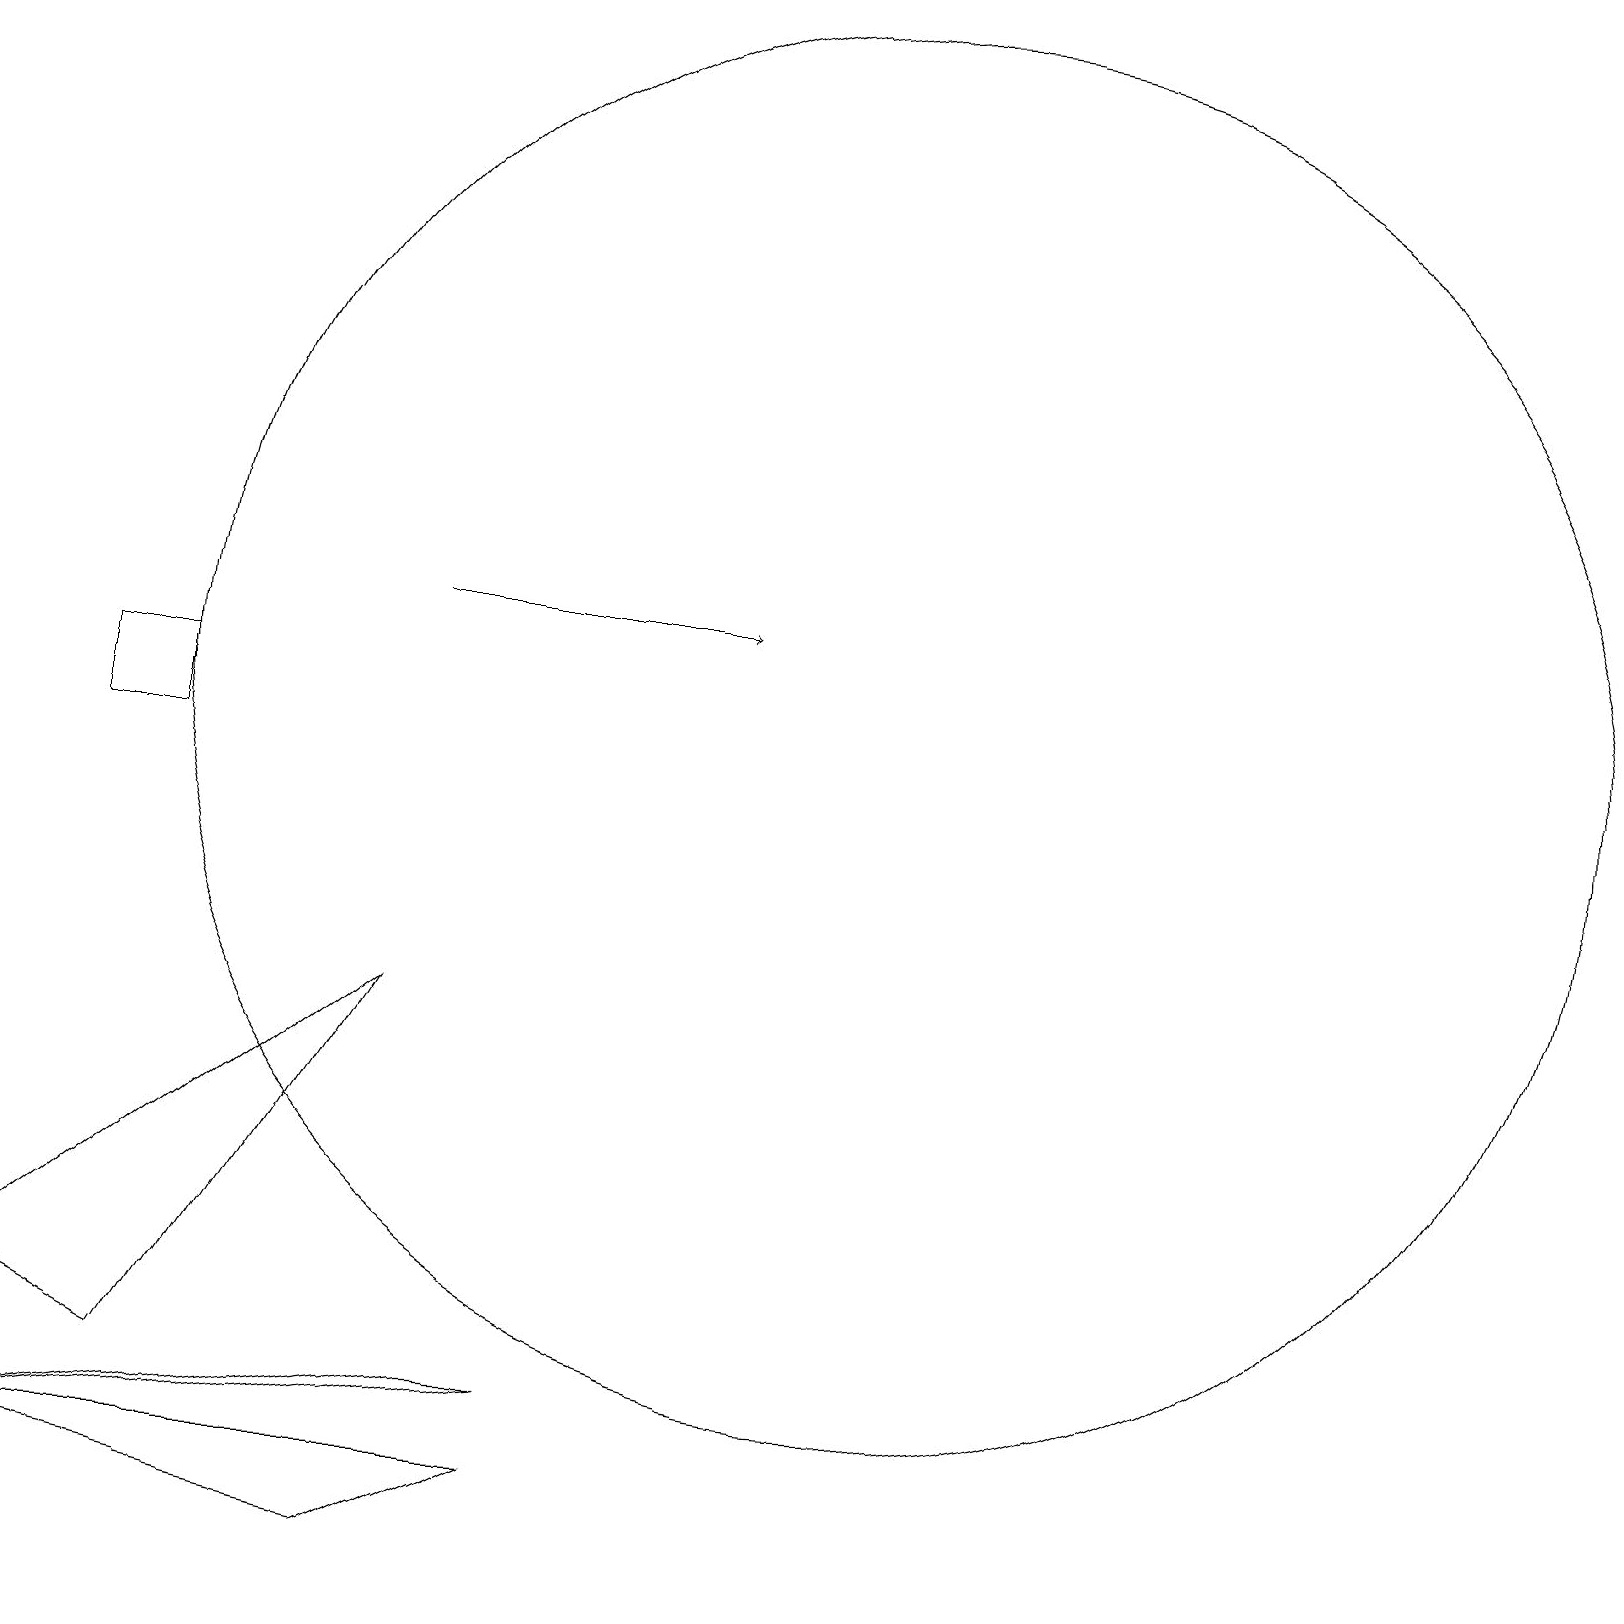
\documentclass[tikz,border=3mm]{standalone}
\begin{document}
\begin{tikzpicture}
\draw (6,3) -- (7,3) -- (0,2) -- cycle;
\draw (0,2) -- (7,2) -- (5,1) -- cycle;
\draw (11,12) circle (9);
\draw (2,12) rectangle (1,11);
\draw[->] (5,13) -- (9,13);
\draw (5,8) -- (2,3) -- (0,4) -- cycle;
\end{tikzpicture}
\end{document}